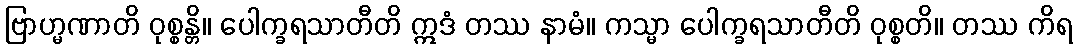
ဗြာဟ္မဏာတိ ဝုစ္စန္တိ။ ပေါက္ခရသာတီတိ ဣဒံ တဿ နာမံ။ ကသ္မာ ပေါက္ခရသာတီတိ ဝုစ္စတိ။ တဿ ကိရ